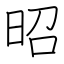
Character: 昭